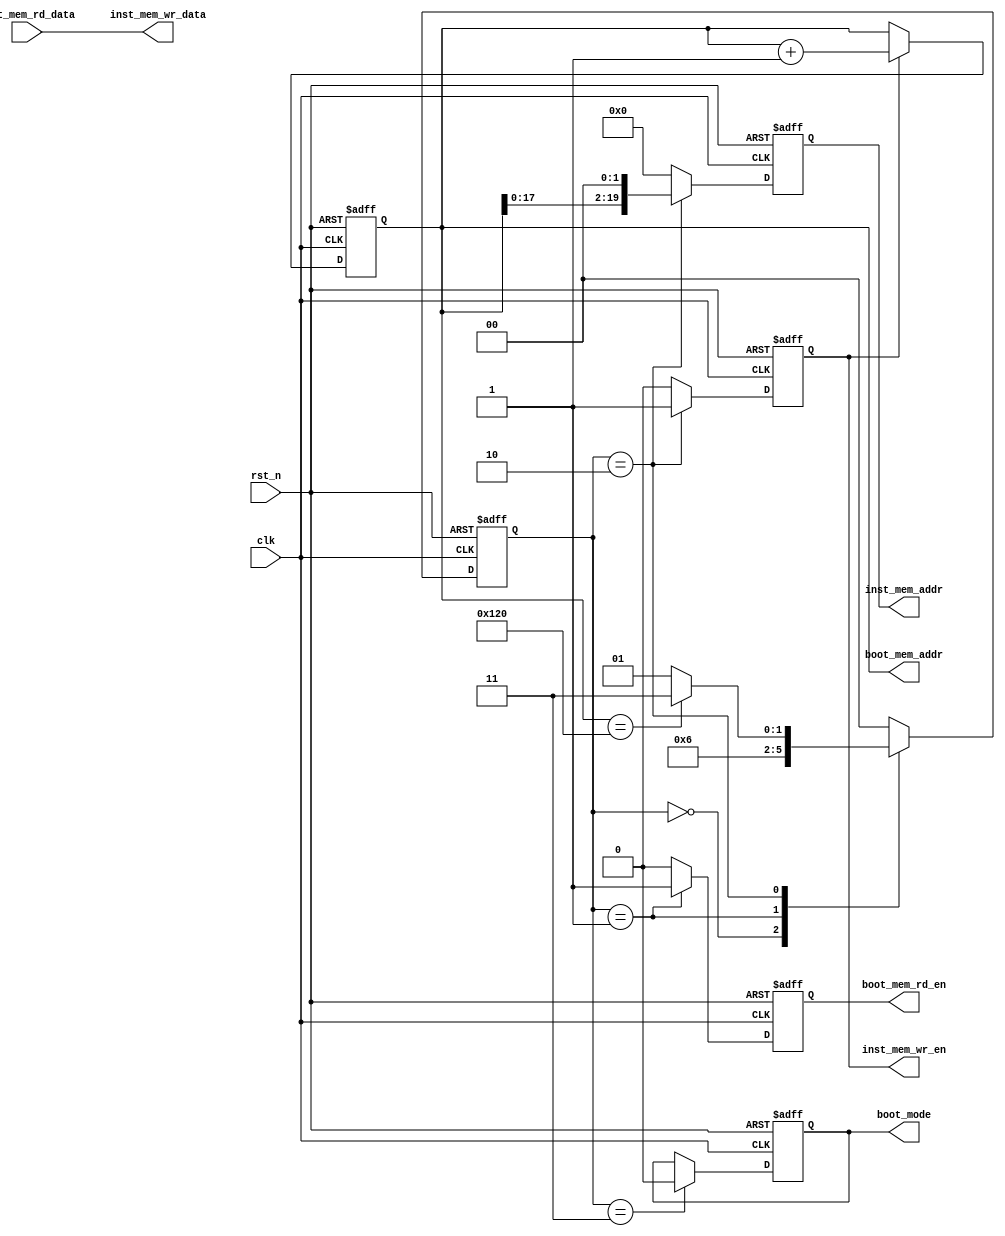
module bootloader
        #(
            parameter DATA_WIDTH = 32,
            parameter ADDR_WIDTH = 20
        )
        (
            input clk,
            input rst_n,
            output reg boot_mem_rd_en,
            output reg [ADDR_WIDTH-1:0] boot_mem_addr,
            input [DATA_WIDTH-1:0] boot_mem_rd_data,
            output reg inst_mem_wr_en,
            output reg [DATA_WIDTH-1:0] inst_mem_wr_data,
            output reg [ADDR_WIDTH-1:0] inst_mem_addr,
            output reg boot_mode
        );
localparam INIT_BOOT = 0,
           READ_BOOT = 1,
           WRITE_INST = 2,
           END_BOOT = 3;
localparam COUNT_WIDTH = ADDR_WIDTH;
localparam STATE_WIDTH = 2;
localparam SRAM_SIZE = 'h120;
reg [STATE_WIDTH-1:0]   state, 
                        next_state;
reg [COUNT_WIDTH-1:0] count;
always @(posedge clk or negedge rst_n) begin
    if (!rst_n) begin
        state = INIT_BOOT;
    end
    else begin
        state = next_state;
    end
end
always @(*) begin
   next_state = state;
   case (state)
      INIT_BOOT:
         next_state = READ_BOOT;
      READ_BOOT:
         next_state = WRITE_INST;
      WRITE_INST:
         if (count == SRAM_SIZE)
            next_state = END_BOOT;
         else begin
            next_state = READ_BOOT;
         end
		default next_state = INIT_BOOT;
   endcase     
end
always @(posedge clk or negedge rst_n) begin
   if (!rst_n) begin
      count <= {COUNT_WIDTH{1'b0}};
   end
   else begin
      if (inst_mem_wr_en) begin
         count <= count + 1'b1;
      end
   end
end
always @(posedge clk or negedge rst_n) begin
   if (!rst_n) begin
      boot_mode <= 1'b1;
   end
   else begin
      if (state == END_BOOT)
         boot_mode <= 1'b0;
   end
end
always @(posedge clk or negedge rst_n) begin
   if (!rst_n) begin
      boot_mem_rd_en <= 1'b0;
   end
   else begin
      if (state == READ_BOOT) begin
         boot_mem_rd_en <= 1'b1;
      end
      else begin
         boot_mem_rd_en <= 1'b0;
      end
   end
end
always @(*) begin
     boot_mem_addr = count;
     inst_mem_wr_data = boot_mem_rd_data;
end
always @(posedge clk or negedge rst_n) begin
   if (!rst_n) begin
      inst_mem_addr <= {ADDR_WIDTH{1'b0}};
      inst_mem_wr_en <= 1'b0;
   end
   else begin
      if (state == WRITE_INST) begin
         inst_mem_addr <= {count,2'b00};
         inst_mem_wr_en <= 1'b1;
      end
      else begin
         inst_mem_addr <= {ADDR_WIDTH{1'b0}};
         inst_mem_wr_en <= 1'b0;
      end
   end
end
endmodule